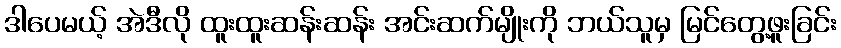
ဒါပေမယ့် အဲဒီလို ထူးထူးဆန်းဆန်း အင်းဆက်မျိုးကို ဘယ်သူမှ မြင်တွေ့ဖူးခြင်း